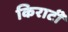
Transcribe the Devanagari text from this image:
किराटी